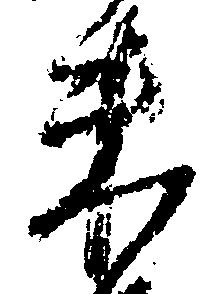
未